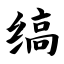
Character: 缟